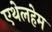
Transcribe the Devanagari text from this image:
एथेलहेम